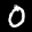
Label: 0